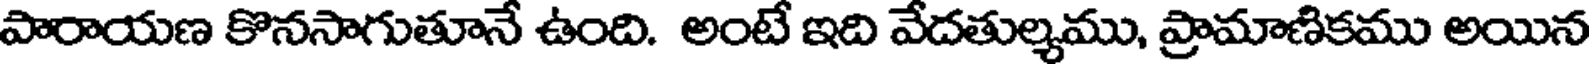
పారాయణ కొనసాగుతూనే ఉంది. అంటే ఇది వేదతుల్యము, ప్రామాణికము అయిన